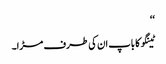
‘‘
ٹینگو کا باپ ان کی طرف مڑا۔